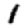
Digit: 1